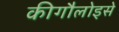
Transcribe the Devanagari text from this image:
कीगौलोइसे